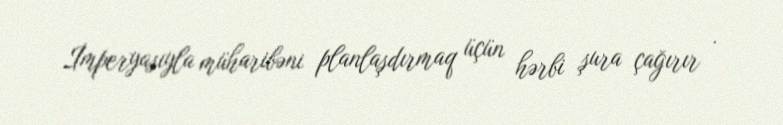
İmperyasıyla müharibəni planlaşdırmaq üçün hərbi şura çağırır .